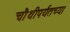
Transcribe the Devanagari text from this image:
चौथीपर्यंतच्या